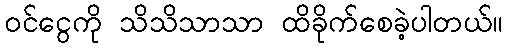
ဝင်ငွေကို သိသိသာသာ ထိခိုက်စေခဲ့ပါတယ်။